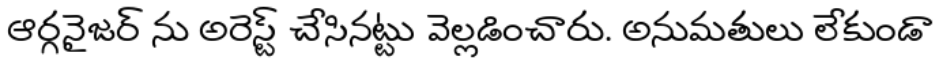
ఆర్గనైజర్ ను అరెస్ట్ చేసినట్టు వెల్లడించారు. అనుమతులు లేకుండా